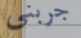
جربني